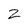
Character: Z